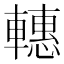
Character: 𨎥